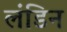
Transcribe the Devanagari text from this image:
लंडिन